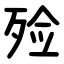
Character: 殓